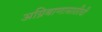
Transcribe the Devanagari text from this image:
अग्निबाणासाठीची